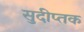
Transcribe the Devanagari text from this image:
सुदीप्तक